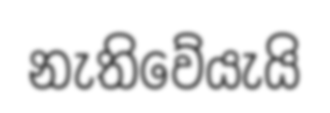
නැතිවේයැයි